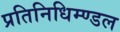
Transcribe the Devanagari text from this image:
प्रतिनिधिम्ण्डल